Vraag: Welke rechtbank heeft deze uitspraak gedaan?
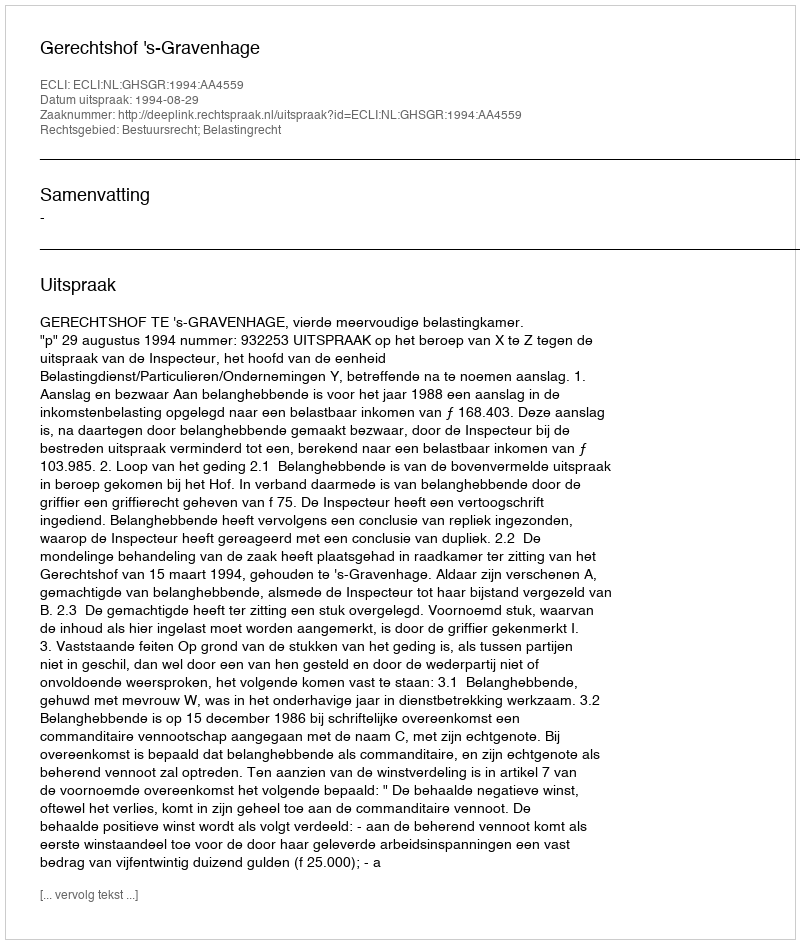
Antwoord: Gerechtshof 's-Gravenhage